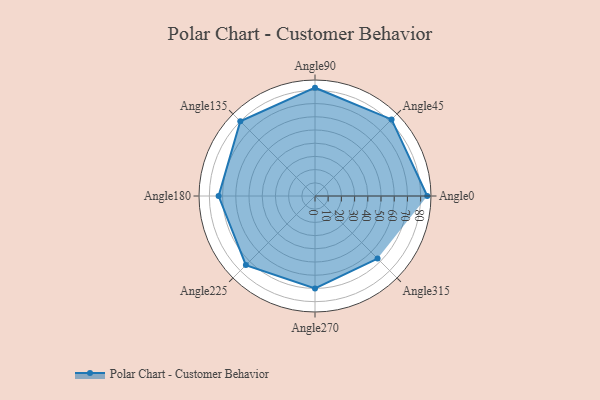
{"axis": {"x": "Angle", "y": "Radius"}, "legend": [""], "data": [{"x": "Angle0", "y": 85.0, "type": ""}, {"x": "Angle45", "y": 82.0, "type": ""}, {"x": "Angle90", "y": 82.0, "type": ""}, {"x": "Angle135", "y": 80.0, "type": ""}, {"x": "Angle180", "y": 73.0, "type": ""}, {"x": "Angle225", "y": 74.0, "type": ""}, {"x": "Angle270", "y": 70.0, "type": ""}, {"x": "Angle315", "y": 67.0, "type": ""}]}